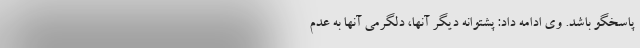
پاسخگو باشد. وی ادامه داد: پشتوانه دیگر آنها، دلگرمی آنها به عدم